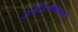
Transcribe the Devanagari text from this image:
अर्थनिर्णयशास्त्र